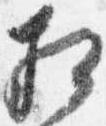
相